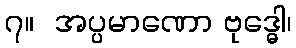
၇။  အပ္ပမာဏော ဗုဒ္ဓေါ၊